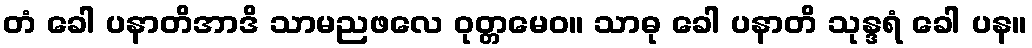
တံ ခေါ ပနာတိအာဒိ သာမညဖလေ ဝုတ္တမေဝ။ သာဓု ခေါ ပနာတိ သုန္ဒရံ ခေါ ပန။